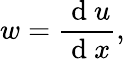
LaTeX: w=\frac{\mathrm{~d~}u}{\mathrm{~d~}x},